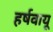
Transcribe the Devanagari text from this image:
हर्षवायू